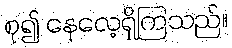
စု၍ နေလေ့ရှိကြသည်။